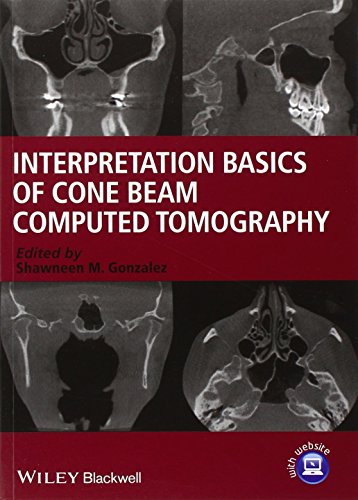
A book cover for Interpretation Basics of Cone Beam Computed Tomography; Shawneen M. Gonzalez; Medical Books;